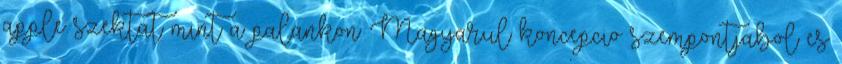
apple szektat mint a palankon: Magyarul koncepcio szempontjabol es